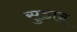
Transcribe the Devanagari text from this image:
सुडान्